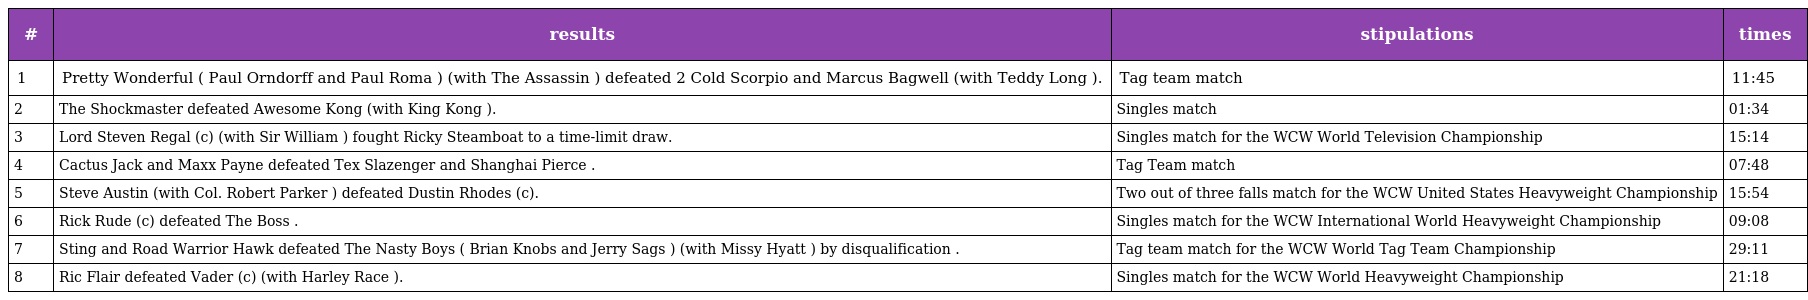
| # | results | stipulations | times |
 | --- | --- | --- | --- |
 | 1 | Pretty Wonderful ( Paul Orndorff and Paul Roma ) (with The Assassin ) defeated 2 Cold Scorpio and Marcus Bagwell (with Teddy Long ). | Tag team match | 11:45 |
 | 2 | The Shockmaster defeated Awesome Kong (with King Kong ). | Singles match | 01:34 |
 | 3 | Lord Steven Regal (c) (with Sir William ) fought Ricky Steamboat to a time-limit draw. | Singles match for the WCW World Television Championship | 15:14 |
 | 4 | Cactus Jack and Maxx Payne defeated Tex Slazenger and Shanghai Pierce . | Tag Team match | 07:48 |
 | 5 | Steve Austin (with Col. Robert Parker ) defeated Dustin Rhodes (c). | Two out of three falls match for the WCW United States Heavyweight Championship | 15:54 |
 | 6 | Rick Rude (c) defeated The Boss . | Singles match for the WCW International World Heavyweight Championship | 09:08 |
 | 7 | Sting and Road Warrior Hawk defeated The Nasty Boys ( Brian Knobs and Jerry Sags ) (with Missy Hyatt ) by disqualification . | Tag team match for the WCW World Tag Team Championship | 29:11 |
 | 8 | Ric Flair defeated Vader (c) (with Harley Race ). | Singles match for the WCW World Heavyweight Championship | 21:18 |